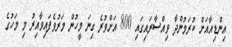
އިންޑިއާއަށް ކުރަމުންދާ ވިއްސާރައިގައި 800 އަށްވުރެ ގިނަ މީހުން މަރުވެފައިވާއިރު މި މަހުގެ